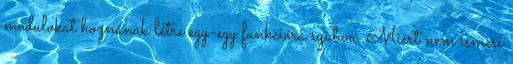
modulokat hoznának létre egy-egy funkcióra szabva. Miért nem ismeri